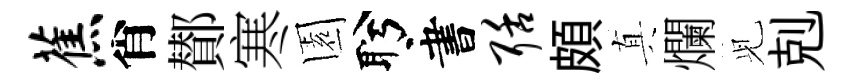
蕉肖鄼寒園盻書聒頗真爛𫤗剋